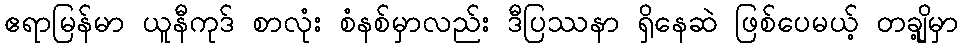
ဧရာမြန်မာ ယူနီကုဒ် စာလုံး စံနစ်မှာလည်း ဒီပြဿနာ ရှိနေဆဲ ဖြစ်ပေမယ့် တချို့မှာ